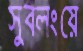
সুবলংয়ে